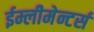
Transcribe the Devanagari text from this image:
ईम्लीमेन्टर्स